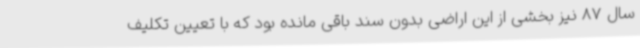
سال 87 نیز بخشی از این اراضی بدون سند باقی مانده بود که با تعیین تکلیف